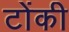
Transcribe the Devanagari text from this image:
टोंकी